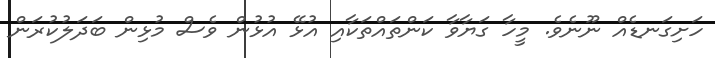
ހަށިގަނޑެއް ނޫނެވެ. މީހާ ގަޔާވާ ކަންތައްތަކާއި އުޅޭ އުޅުން ވެސް މުޅިން ބަދަލުކުރަން